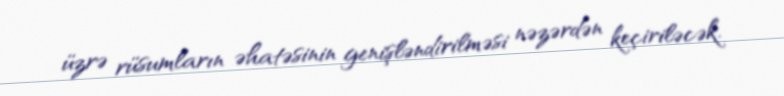
üzrə rüsumların əhatəsinin genişləndirilməsi nəzərdən keçiriləcək.